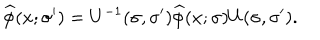
LaTeX: \widehat { \phi } ( x ; \sigma ^ { \prime } ) = U ^ { - 1 } ( \sigma , \sigma ^ { \prime } ) \widehat { \phi } ( x ; \sigma ) U ( \sigma , \sigma ^ { \prime } ) .